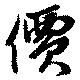
價